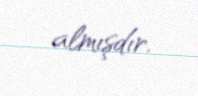
almışdır.